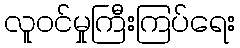
လူဝင်မှုကြီးကြပ်ရေး